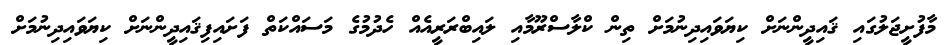
މާފުށީޖަލުގައި ޤައިދީންނަށް ކިޔަވައިދިނުމަށް ތިން ކްލާސްރޫމާއި ލައިބްރަރީއެއް ހެދުމުގެ މަސައްކަތް ފަށައިފިޤައިދީންނަށް ކިޔަވައިދިނުމަށް